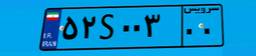
۵۲S۴۵۶۶۴